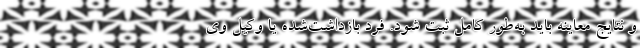
و نتایج معاینه باید به‌طور کامل ثبت شود. فرد بازداشت‌شده یا وکیل وی